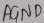
Text: AGND